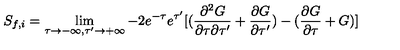
S _ { f , i } = \lim _ { \tau \rightarrow - \infty , \tau ^ { \prime } \rightarrow + \infty } - { 2 e ^ { - \tau } e ^ { \tau ^ { \prime } } } [ ( \frac { \partial ^ { 2 } G } { \partial \tau \partial \tau ^ { \prime } } + \frac { \partial G } { \partial \tau ^ { \prime } } ) - ( \frac { \partial G } { \partial \tau } + G ) ]